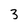
Character: 3